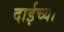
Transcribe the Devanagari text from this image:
दाईच्या